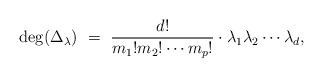
LaTeX: \begin{align*} {\rm deg}( \Delta_\lambda) \,\, = \,\,\frac{d !} {m_1 ! m_2 ! \cdots m_p !}\cdot \lambda_1 \lambda_2 \cdots \lambda_d,\end{align*}